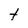
Character: t